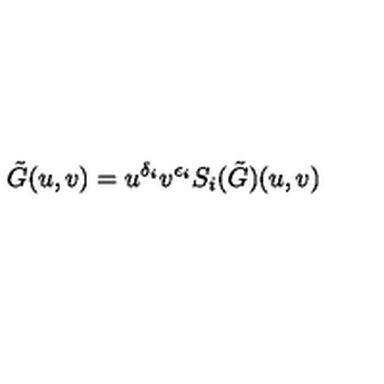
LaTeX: \tilde { G } ( u , v ) = u ^ { \delta _ { i } } v ^ { \epsilon _ { i } } S _ { i } ( \tilde { G } ) ( u , v )